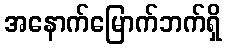
အနောက်မြောက်ဘက်ရှိ